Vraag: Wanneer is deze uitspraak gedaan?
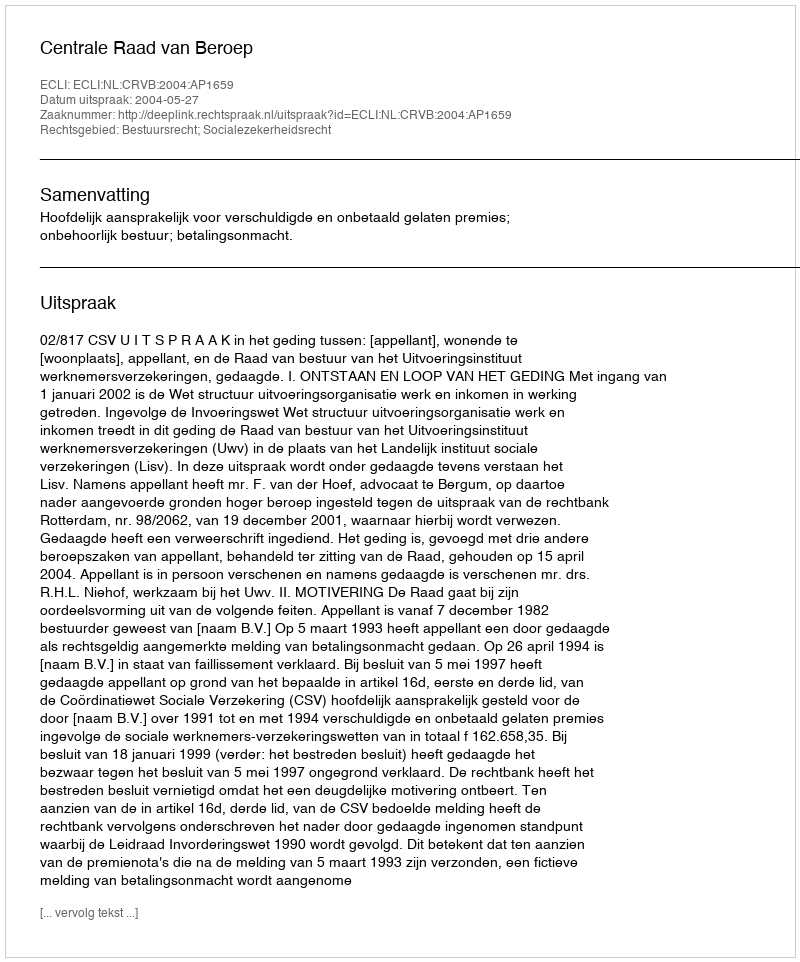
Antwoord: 2004-05-27